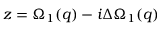
z = \Omega _ { 1 } ( q ) - i \Delta \Omega _ { 1 } ( q )